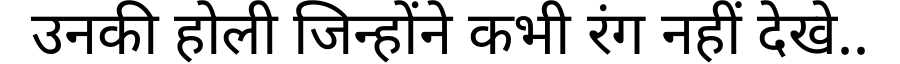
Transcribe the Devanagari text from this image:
उनकी होली जिन्होंने कभी रंग नहीं देखे..